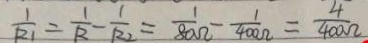
\frac { 1 } { R _ { 1 } } = \frac { 1 } { R } - \frac { 1 } { R _ { 2 } } = \frac { 1 } { 8 0 \Omega } - \frac { 1 } { 4 0 0 \Omega } = \frac { 4 } { 4 0 0 \Omega }